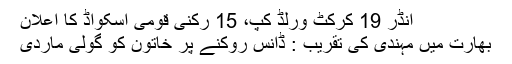
انڈر 19 کرکٹ ورلڈ کپ، 15 رکنی قومی اسکواڈ کا اعلان
بھارت میں مہندی کی تقریب : ڈانس روکنے پر خاتون کو گولی ماردی